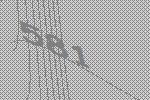
581